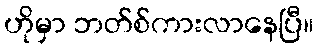
ဟိုမှာ ဘတ်စ်ကားလာနေပြီ။